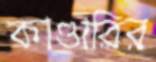
কাণ্ডারির